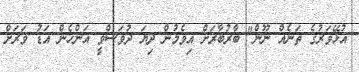
އުޅޭވަރުގެ ތަނެއް ނޫން" ބާރުބާރަށް އިވެމުން ދިޔަ ދުވަސްވީ އަންހެން އަޑު ވަރަށް